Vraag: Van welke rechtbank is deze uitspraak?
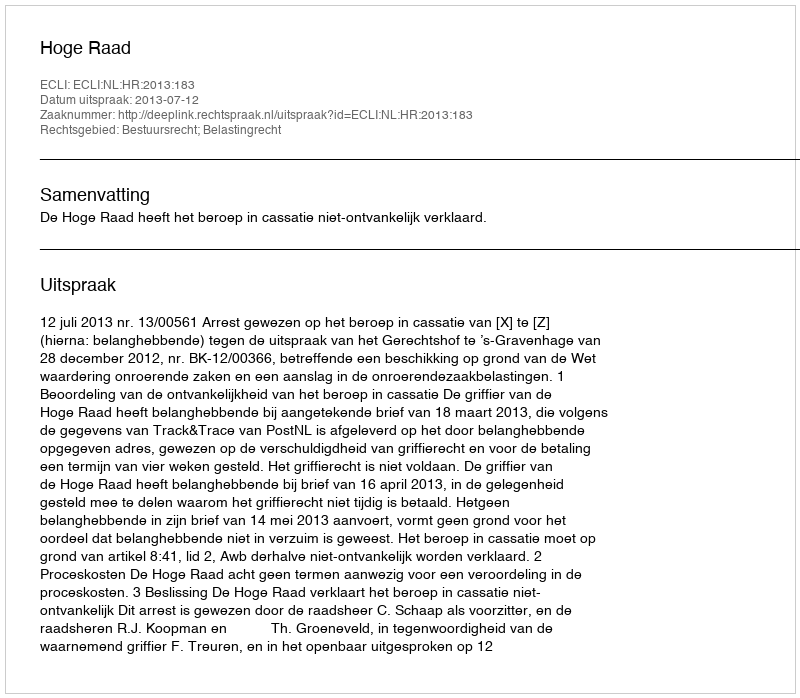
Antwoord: Hoge Raad